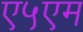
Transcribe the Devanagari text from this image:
ए५एम